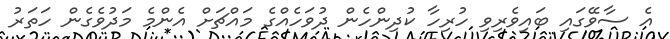
އެ ސާވޭގައި ބައިވެރިިވި ހުރިހާ ކުދިންހެން ދުވަހެއްގެ މައްޗަށް އެންމެ މަދުވެގެން ހަތަރު